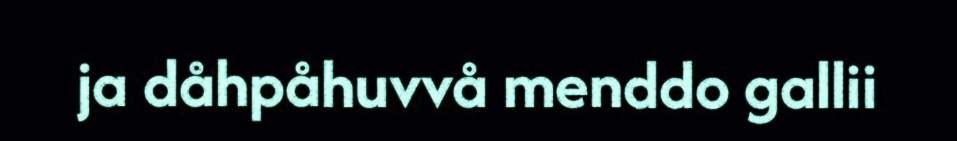
ja dåhpåhuvvå menddo gallii